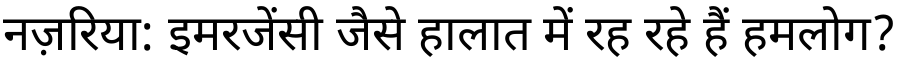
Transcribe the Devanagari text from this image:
नज़रिया: इमरजेंसी जैसे हालात में रह रहे हैं हमलोग?